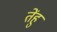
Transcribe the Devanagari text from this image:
तेंहु